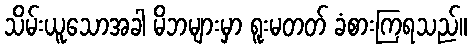
သိမ်းယူသောအခါ မိဘများမှာ ရူးမတတ် ခံစားကြရသည်။